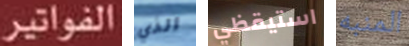
الفواتير الذي استيقظي المنبه